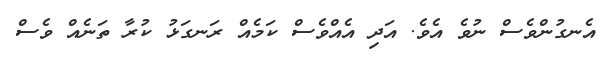
އެނގުންވެސް ނުވެ އެވެ. އަދި އެއްވެސް ކަމެއް ރަނގަޅު ކުރާ ތަނެއް ވެސް